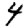
Digit: 4